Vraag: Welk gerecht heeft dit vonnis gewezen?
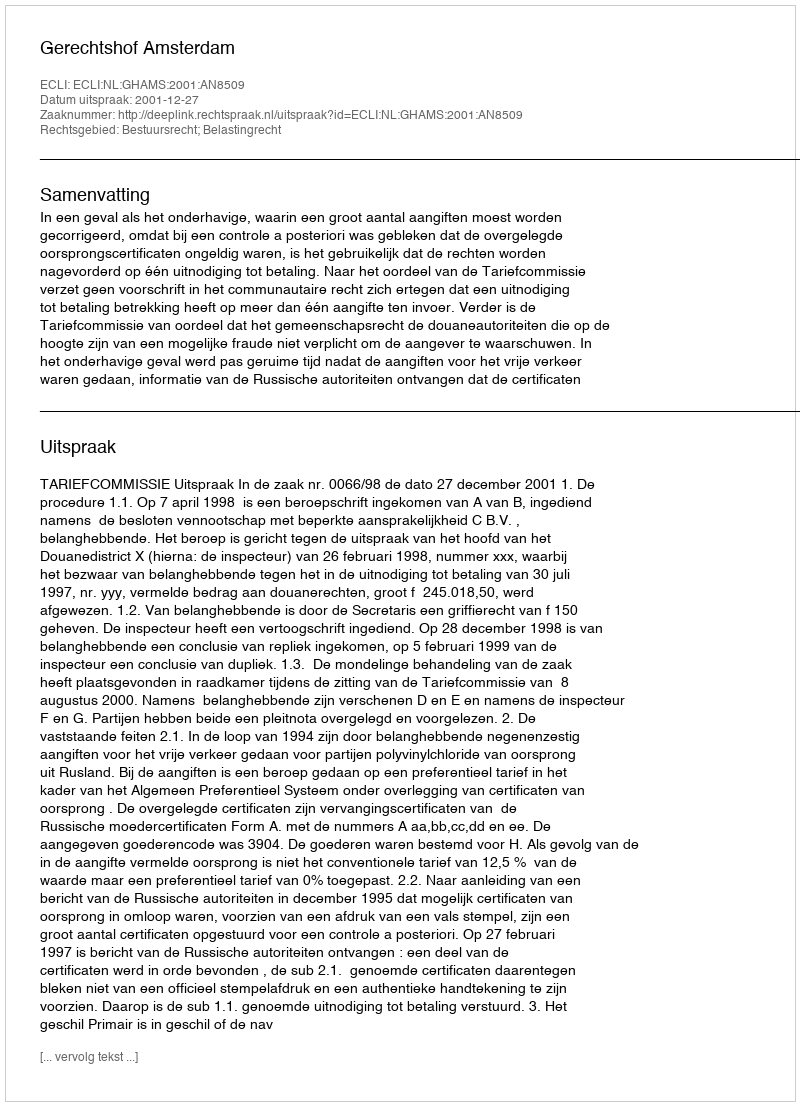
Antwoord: Gerechtshof Amsterdam